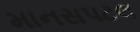
માનસપટલ